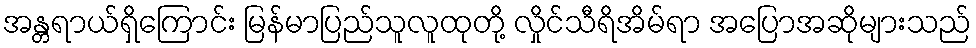
အန္တရာယ်ရှိကြောင်း မြန်မာပြည်သူလူထုတို့ လှိုင်သီရိအိမ်ရာ အပြောအဆိုများသည်